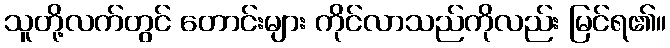
သူတို့လက်တွင် တောင်းများ ကိုင်လာသည်ကိုလည်း မြင်ရ၏။